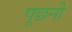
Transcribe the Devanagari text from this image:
पूछनी